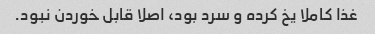
غذا کاملا یخ کرده و سرد بود، اصلا قابل خوردن نبود.